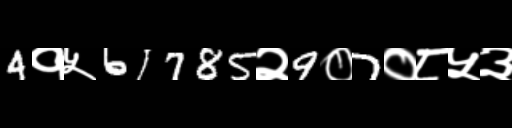
Text: 4१५61785२9०7०८५३